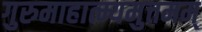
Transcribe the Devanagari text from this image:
गुरुमाहात्म्यमुत्तमम्